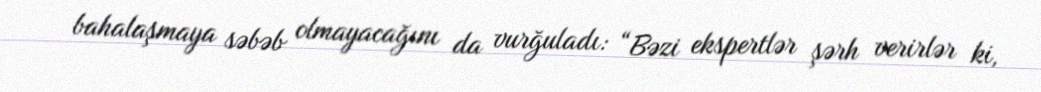
bahalaşmaya səbəb olmayacağını da vurğuladı: “Bəzi ekspertlər şərh verirlər ki,